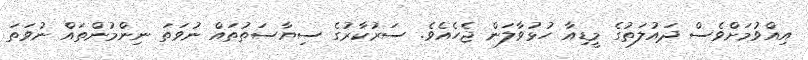
އިއްވުމަށްވެސް ދައުލަތުގެ މީޑިއާ ހުޅުވާލަން ޖެހެއެވެ. ސަރުކާރުގެ ސިޔާސަތުތައް ނުވަތަ ނިންމުންތައް ނުވަތަ